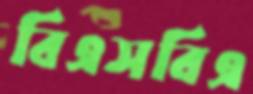
বিএসবিএ